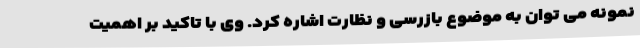
نمونه می توان به موضوع بازرسی و نظارت اشاره کرد. وی با تاکید بر اهمیت